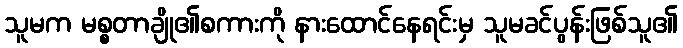
သူမက မစ္စတာချို၏စကားကို နားထောင်နေရင်းမှ သူမခင်ပွန်းဖြစ်သူ၏